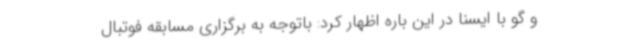
و گو با ایسنا در این باره اظهار کرد: باتوجه به برگزاری مسابقه فوتبال